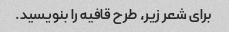
برای شعر زیر، طرح قافیه را بنویسید.